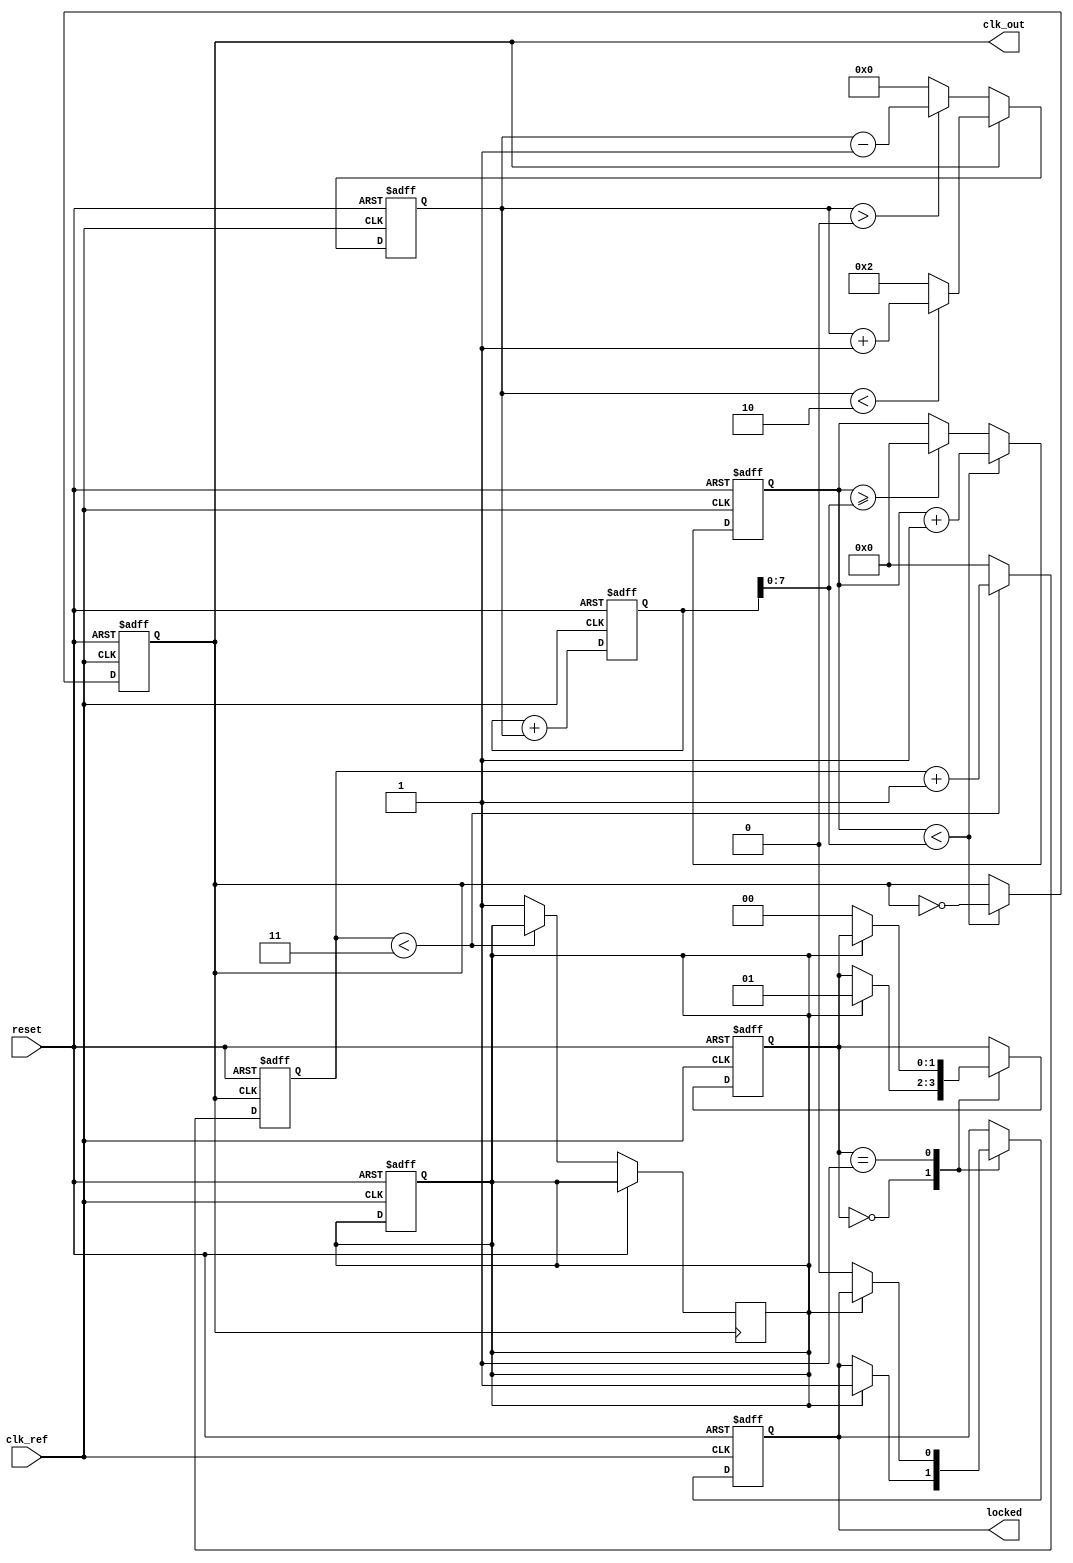
module high_performance_PLL(
    input wire clk_ref,          // Input reference clock
    input wire reset,            // Reset signal
    output reg clk_out,          // Output clock
    output reg locked            // Lock status
);

// Parameter definitions
parameter N = 4;                // Division ratio (for feedback divider)
parameter K = 8;                // VCO gain (adjustable)
parameter LOCK_THRESHOLD = 2;   // Threshold for lock detection

// Internal signals
reg [7:0] phase_error;          // Phase error from Phase Detector
reg [15:0] control_voltage;      // Control voltage for VCO
reg [3:0] vco_count;            // Counter for VCO output
reg [3:0] divider_count;        // Counter for divider
reg phase_detected;             // Flag for phase detection
reg [1:0] state;                // PLL state: 0 - Acquire, 1 - Lock

// State encoding
localparam ACQUIRE = 2'b00;
localparam LOCK = 2'b01;

// Phase Detector (PD)
always @(posedge clk_ref or posedge reset) begin
    if (reset) begin
        phase_error <= 0;
        phase_detected <= 0;
    end else begin
        // Simple phase comparison (Example)
        // Here we compare the clk_ref with the clk_out after passing through the divider
        if (clk_out) begin
            phase_error <= (phase_error < LOCK_THRESHOLD) ? phase_error + 1 : LOCK_THRESHOLD; // Adjust phase error
        end else begin
            phase_error <= (phase_error > 0) ? phase_error - 1 : 0; // Reduce phase error
        end
    end
end

// Loop Filter (LF)
always @(posedge clk_ref or posedge reset) begin
    if (reset) begin
        control_voltage <= 0;
    end else begin
        // Simple low-pass filter implementation
        control_voltage <= control_voltage + phase_error[K-1:0]; // Adjust control voltage based on phase error
    end
end

// Voltage-Controlled Oscillator (VCO)
always @(posedge clk_ref or posedge reset) begin
    if (reset) begin
        vco_count <= 0;
        clk_out <= 0;
    end else begin
        if (vco_count < control_voltage[K-1:0]) begin
            clk_out <= ~clk_out; // Toggle the output clock
            vco_count <= vco_count + 1;
        end else if (vco_count >= control_voltage[K-1:0]) begin
            vco_count <= 0; // Reset VCO count
        end
    end
end

// Divider
always @(posedge clk_out or posedge reset) begin
    if (reset) begin
        divider_count <= 0;
    end else begin
        if (divider_count < N - 1) begin
            divider_count <= divider_count + 1;
        end else begin
            divider_count <= 0;
            phase_detected <= 1; // Feedback to PD indicates phase detected
        end
    end
end

// Lock detection and state machine
always @(posedge clk_ref or posedge reset) begin
    if (reset) begin
        state <= ACQUIRE;
        locked <= 0;
    end else begin
        case (state)
            ACQUIRE: begin
                if (phase_detected) begin
                    state <= LOCK;
                    locked <= 1;
                end
            end
            LOCK: begin
                // Remain in lock state as long as locked
                if (!phase_detected) begin
                    state <= ACQUIRE; // Go back to acquire if not locked
                    locked <= 0;
                end
            end
        endcase
    end
end

endmodule